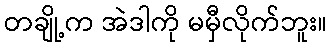
တချို့က အဲဒါကို မမှီလိုက်ဘူး။